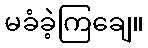
မခံခဲ့ကြချေ။